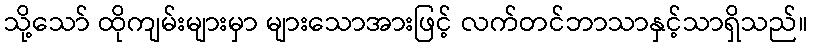
သို့သော် ထိုကျမ်းများမှာ များသောအားဖြင့် လက်တင်ဘာသာနှင့်သာရှိသည်။